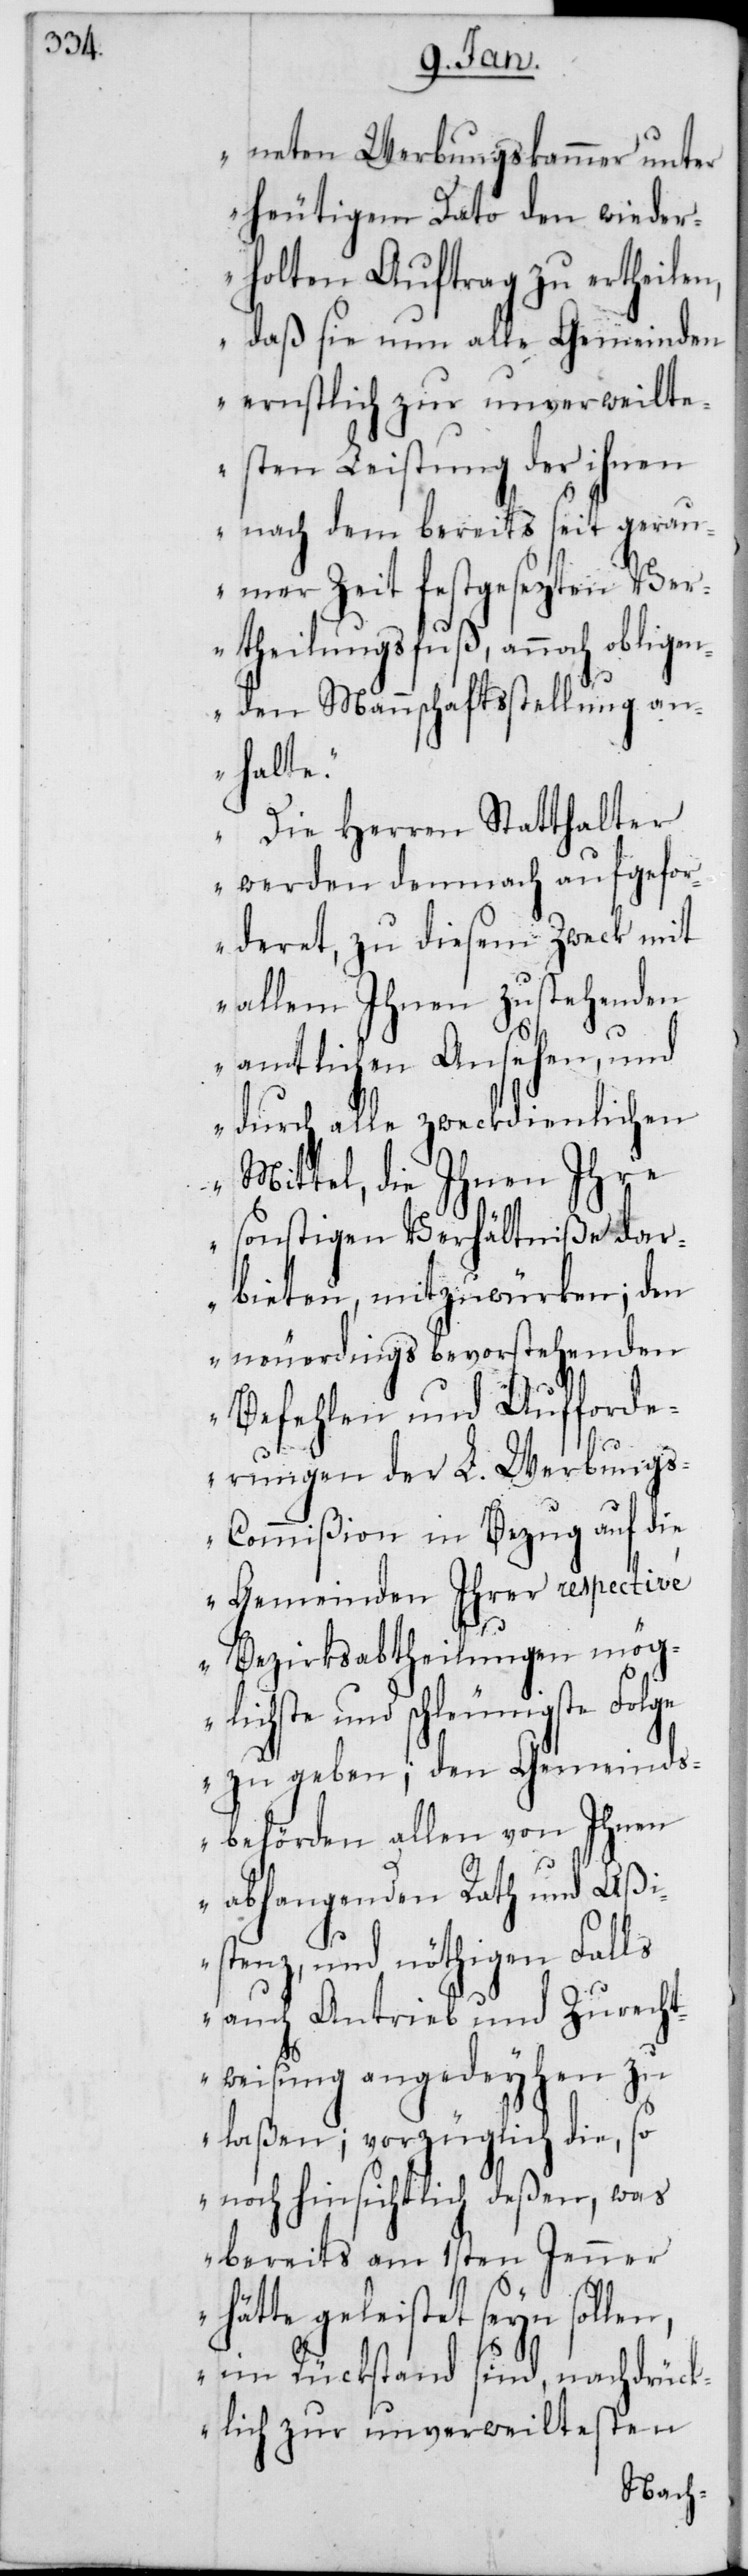
neten Werbungskammer unter
heutigem Dato den wieder¬
holten Auftrag zu ertheilen,
daß sie nun alle Gemeinden
ernstlich zur unverweilte¬
sten Leistung der ihnen
nach dem bereits seit gerau¬
mer Zeit festgesezten Ve¬
rtheilungsfuß, annoch obligen¬
den Mannschaftsstellung an¬
halte.“
„Die Herren Statthalter
esten
werden demnach au¬
rderet, zu diesem Zw¬
den
allem Ihnen zu¬
amtlichen Anse¬
durch alle zweckdi¬
Mittel, die Ihnen
sonstigen Verhäl¬
bieten, mitzuwür¬
neuerdings bevor¬
Befehlen und
erungen der L.
s-Commißion in B¬
Gemeinden
Bezirksabtheilung¬
lichste und sch¬
Aßi¬
zu geben; den
dsbehörden al¬
abhangenden Rath
stenz, und nöthi¬
e¬
auch Antrieb und Zu¬
weisung angedey¬
laßen; vorzügli¬
was
noch hinsichtlich d¬
bereits am 1sten Jenner
hätte geleistet seyn sollen,
in Rückstand sind, nachdrüc¬
ßen,
klich zur unverweilt¬